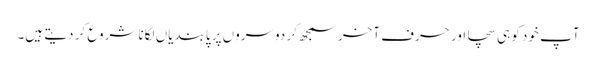
آپ خود کو ہی سچا اور حرفِ آخر سمجھ کر دوسروں پر پابندیاں لگانا شروع کر دیتے ہیں۔